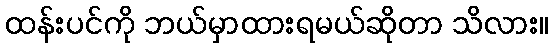
ထန်းပင်ကို ဘယ်မှာထားရမယ်ဆိုတာ သိလား။